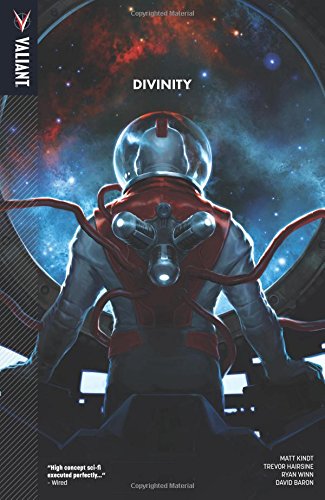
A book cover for Divinity TP; Matt Kindt; Comics & Graphic Novels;